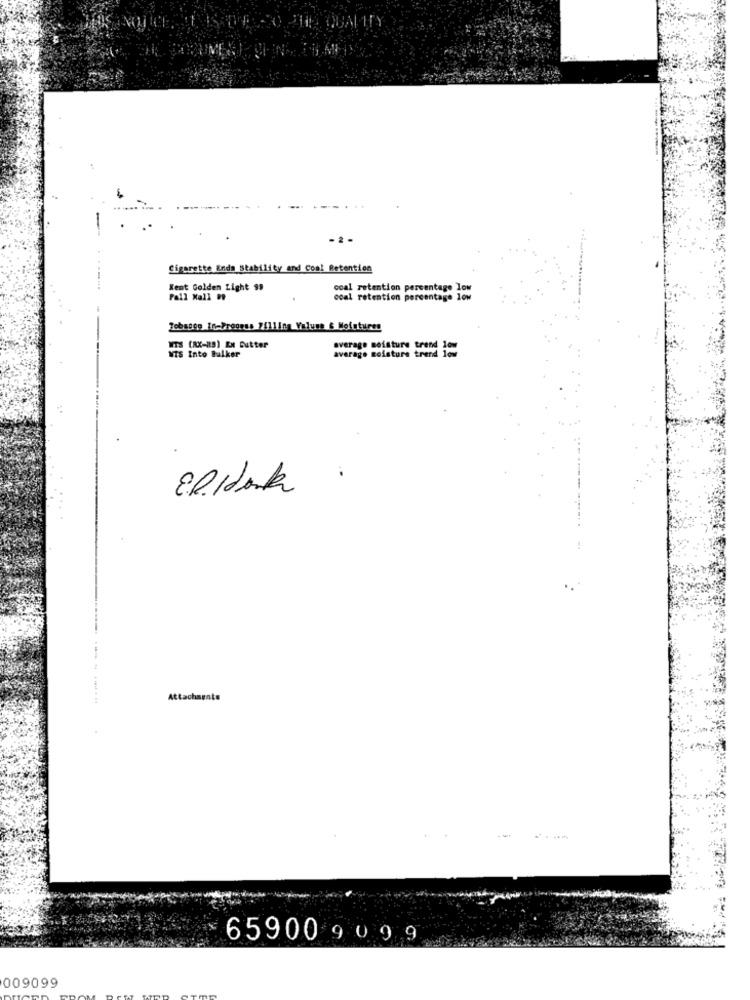
THE QUALITY
- 2
Cigarette Ends Stability and Coal Retention
Kent Golden Light 99
coal retention percentage low
Pall Mall 99
coal retention percentage low
Tobacco In-Freorus 7/11/n Valune & Mofutures
WTS (RX-89) EN Gutter
average moisture trend low
average moisture trend low
WIS Into Bulker
Attachments
-
65900 909 9
009099